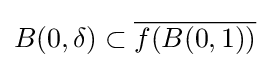
B(0,\delta )\subset {\overline {f(B(0,1))}}